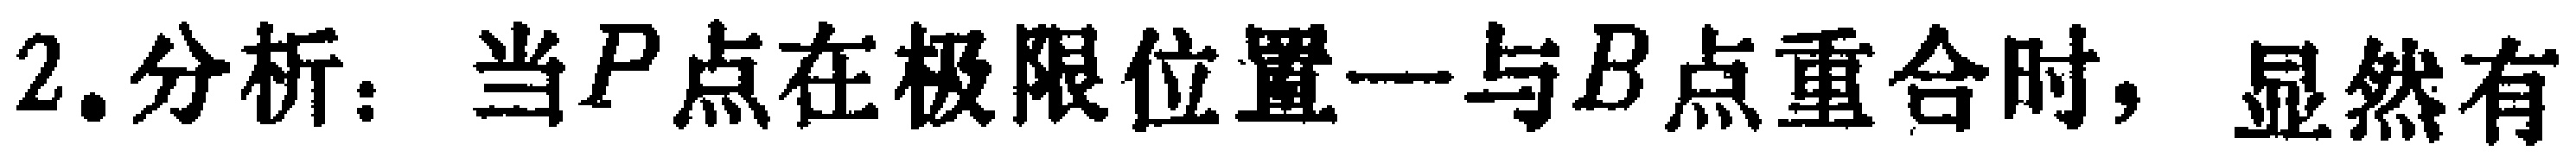
2.分析：当\(P\)点在极限位置一与\(B\)点重合时，显然有